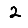
Digit: 2